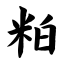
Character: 粕